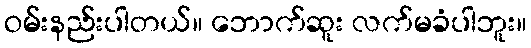
ဝမ်းနည်းပါတယ်။ ဘောက်ဆူး လက်မခံပါဘူး။